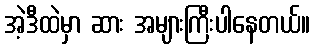
အဲ့ဒီထဲမှာ ဆား အများကြီးပါနေတယ်။